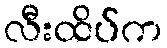
လီးထိပ်က